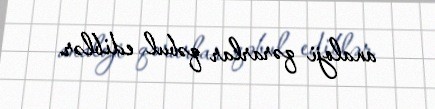
analoji qərarlar qəbul ediblər.